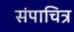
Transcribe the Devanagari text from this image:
संपाचित्र